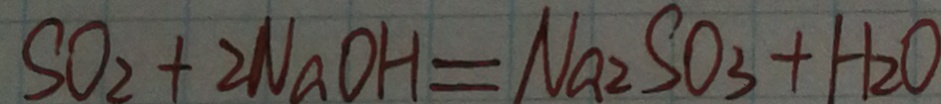
S O _ { 2 } + 2 N a O H = N a _ { 2 } S O _ { 3 } + H _ { 2 } O